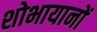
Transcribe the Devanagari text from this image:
शोभायानों